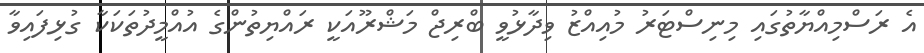
އެ ރަސްމިއްޔާތުގައި މިނިސްޓަރު މުއިއްޒު ވިދާޅުވީ ބްރިޖް މަޝްރޫއަކީ ރައްޔިތުންގެ އުއްމީދުތަކަކާ ގުޅިފައިވާ